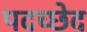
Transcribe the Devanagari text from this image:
पदच्‍छेद